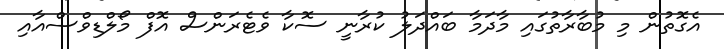
އެގޮތުން މި މުބާރާތުގައި މާދަމާ ބައްދަލު ކުރާނީ ސޮކާ ވެޓެރަންސް އޮފް މޯލްޑިވްސްއާއި